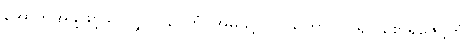
အောက်အဖို့ဖြင့်သာလျှင်။ ဂေဟံ၊ အိမ်သို့။ ပဝိသိတွာ၊ ဝင်၍။ စောရဇေဋ္ဌကံ၊